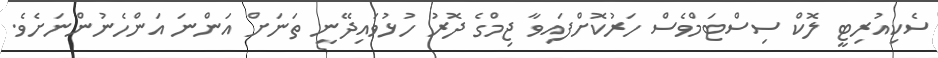
ސެކިއުރިޓީ ލޮކް ސިސްޓަމްވެސް ހަރުކޮށްފައިވާ ޖިމްގެ ދޮރު ހުޅުވައިދޭނީ ތަނަށް އަންނަ އަންހެނުންނަށެވެ.